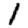
Digit: 1